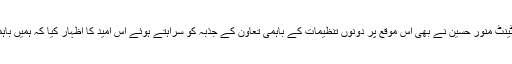
ہیٹن کالج لندن کے امام اور آکسفورڈ شائر کے ڈپٹی لارڈ لیفٹینٹ منور حسین نے بھی اس موقع پر دونوں تنظیمات کے باہمی تعاون کے جذبہ کو سراہتے ہوئے اس امید کا اظہار کیا کہ ہمیں باہمی اتفاق و اتحاد سے عوامی معیار زندگی کو بہتر بنانا ہے۔